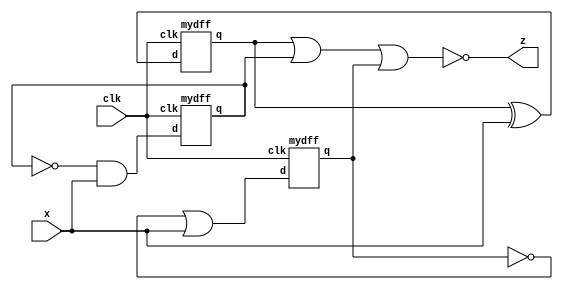
module top_module (
    input clk,
    input x,
    output z
);

    wire q1, q2, q3;
    assign z = !(q1 | q2 | q3);
    
    mydff u_mydff_1(q1 ^ x, clk, q1);
    mydff u_mydff_2(!q2 & x, clk, q2);
    mydff u_mydff_3(!q3 | x, clk, q3);

endmodule

module mydff (
    input d, clk,
    output reg q
);

    always @(posedge clk) begin
        q <= d;
    end

endmodule